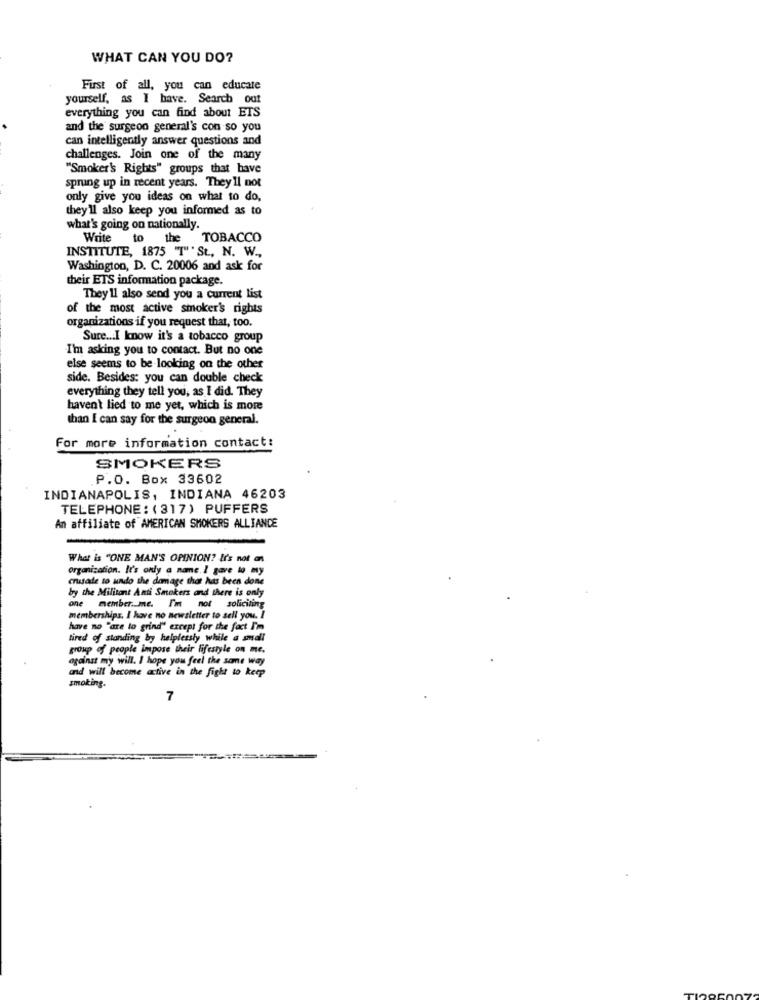
WHAT CAN YOU DO?
First of all, you can educate
yourself, as I have. Search out
everything you can find about ETS
and the surgeon general's con so you
can intelligently answer questions and
challenges. Join one of the many
"Smoker's Rights" groups that have
sprung up in recent years. They'll not
only give you ideas on what to do,
they'll also keep you informed as to
what's going on nationally.
Write
to the TOBACCO
INSTITUTE, 1875 "T"" St, N. W .,
Washington, D. C. 20006 and ask for
their ETS information package.
They'll also send you a current list
of the most active smoker's rights
organizations if you request that, too.
Sure ... I know it's a tobacco group
I'm asking you to contact. But no one
else seems to be looking on the other
side. Besides: you can double check
everything they tell you, as I did. They
haven't lied to me yet, which is more
than I can say for the surgeon general.
For more information contact:
SMOKERS
P.O. Box 33602
INDIANAPOLIS, INDIANA 46203
TELEPHONE: (317) PUFFERS
An affiliate of AMERICAN SMOKERS ALLIANCE
What is "ONE MAN'S OPINION? It's not ans
Organization. It's only a name. I gave to my
crusade to undo the damage that has been done
by the Militant Anti Smokers and there is only
one member. me. I'm not soliciting
memberships. I have no newsletter to sell you. I
have no "are to grind" except for the fact I'm
tired of standing by helplessly while a small
group of people impose their lifestyle on me.
against my will. I hope you feel the same way
and will become active in the fight to keep
smoking.
7